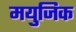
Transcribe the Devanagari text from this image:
मयुजिक